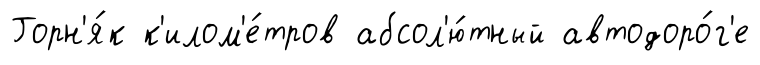
Горн'я́к к'илом'е́тров абсол'ю́тный автодоро́г'е